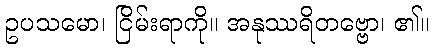
ဥပသမော၊ ငြိမ်းရာကို။ အနုဿရိတဗ္ဗော၊ ၏။